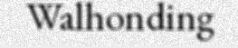
Walhonding